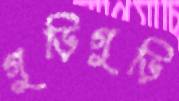
গুড়িগুড়ি